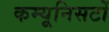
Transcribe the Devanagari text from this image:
कम्यूनिसटों